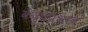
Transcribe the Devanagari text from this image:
केदुष्प्रभाव